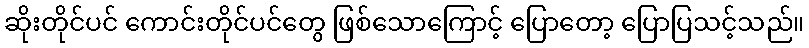
ဆိုးတိုင်ပင် ကောင်းတိုင်ပင်တွေ ဖြစ်သောကြောင့် ပြောတော့ ပြောပြသင့်သည်။